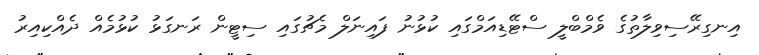
އިނގިރޭސިވިލާތުގެ ވެމްބްލީ ސްޓޭޑިއަމްގައި ކުޅުނު ފައިނަލް މެޗުގައި ސިޓީން ރަނގަޅު ކުޅުމެއް ދެއްކިއިރު